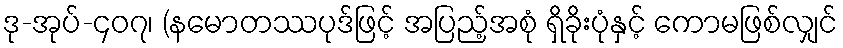
ဒု-အုပ်-၄၀၇၊ (နမောတဿပုဒ်ဖြင့် အပြည့်အစုံ ရှိခိုးပုံနှင့် ကောမဖြစ်လျှင်